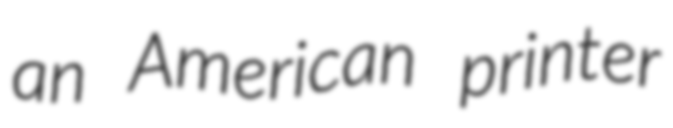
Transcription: an American printer